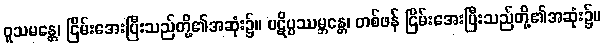
ဝူသမန္တေ၊ ငြိမ်းအေးပြီးသည်တို့၏အဆုံး၌။ ပဋိပ္ပဿမ္ဘန္တေ၊ တစ်ဖန် ငြိမ်းအေးပြီးသည်တို့၏အဆုံး၌။